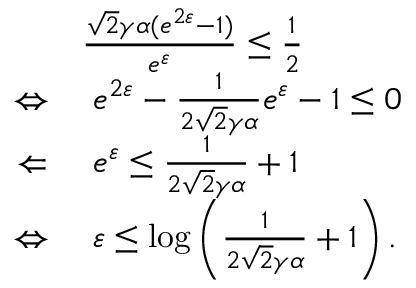
\begin{array} { r l } & { \frac { \sqrt { 2 } \gamma \alpha ( e ^ { 2 \varepsilon } - 1 ) } { e ^ { \varepsilon } } \leq \frac { 1 } { 2 } } \\ { \Leftrightarrow } & { \ e ^ { 2 \varepsilon } - \frac { 1 } { 2 \sqrt { 2 } \gamma \alpha } e ^ { \varepsilon } - 1 \leq 0 } \\ { \Leftarrow } & { \ e ^ { \varepsilon } \leq \frac { 1 } { 2 \sqrt { 2 } \gamma \alpha } + 1 } \\ { \Leftrightarrow } & { \ \varepsilon \leq \log \left( \frac { 1 } { 2 \sqrt { 2 } \gamma \alpha } + 1 \right) . } \end{array}